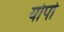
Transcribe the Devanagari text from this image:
योपो